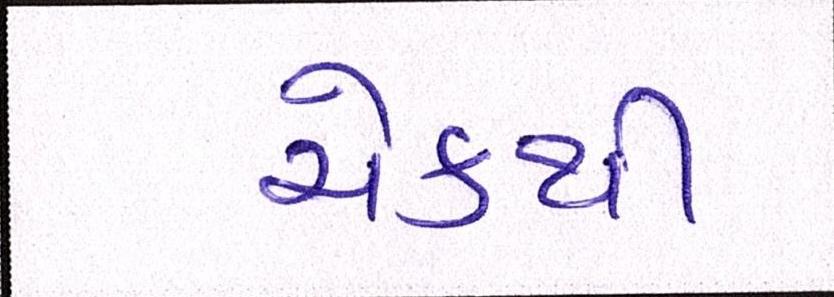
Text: ચેકથી